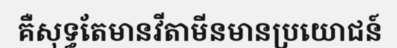
គឺសុទ្ធតែមានវីតាមីនមានប្រយោជន៍